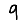
Digit: 9